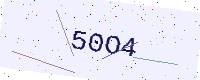
Text: 50O4